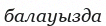
балауызда